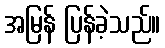
အမြန် ပြန်ခဲ့သည်။